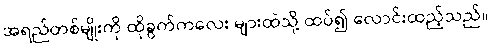
အရည်တစ်မျိုးကို ထိုခွက်ကလေး များထဲသို့ ထပ်၍ လောင်းထည့်သည်။